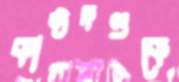
কাষ্ঠদণ্ডকে